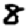
Digit: 8